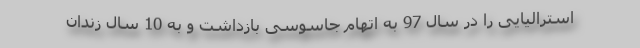
استرالیایی را در سال 97 به اتهام جاسوسی بازداشت و به 10 سال زندان